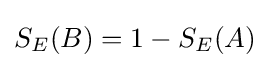
S_{E}(B)=1-S_{E}(A)